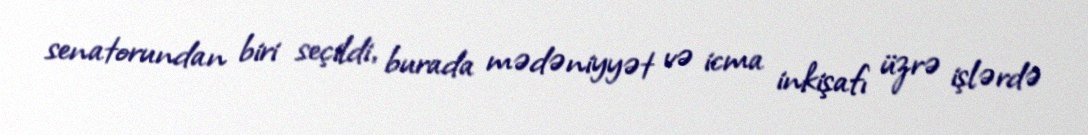
senatorundan biri seçildi, burada mədəniyyət və icma inkişafı üzrə işlərdə